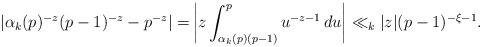
LaTeX: \begin{align*} |\alpha_{k}(p)^{-z}(p-1)^{-z}-p^{-z}| =&\left|z\int_{\alpha_{k}(p)(p-1)}^p{u^{-z-1}}\,du\right| \ll_k |z|(p-1)^{-\xi-1}. \end{align*}